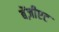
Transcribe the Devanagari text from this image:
बेंज़ीएट